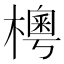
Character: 𣙾